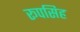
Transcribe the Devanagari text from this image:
रूपसिह